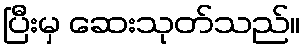
ပြီးမှ ဆေးသုတ်သည်။